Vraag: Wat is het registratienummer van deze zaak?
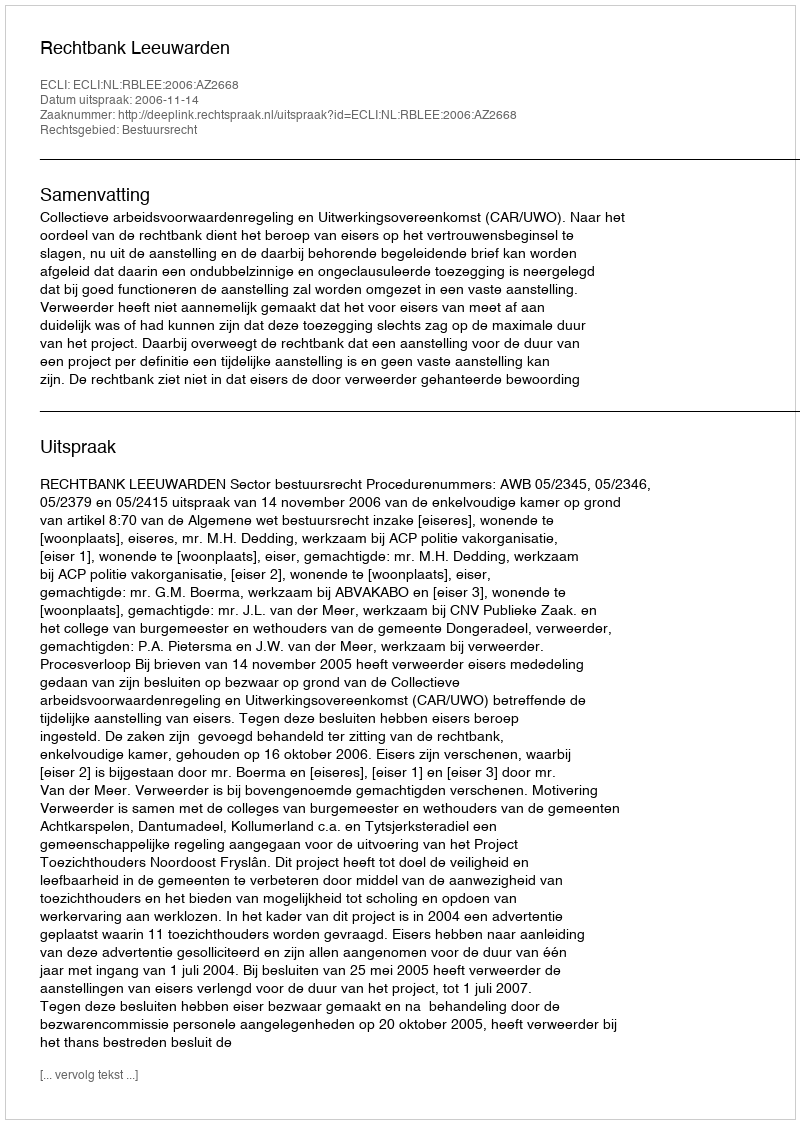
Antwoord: http://deeplink.rechtspraak.nl/uitspraak?id=ECLI:NL:RBLEE:2006:AZ2668